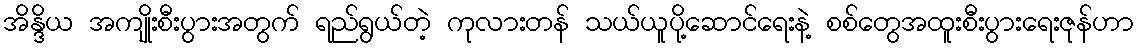
အိန္ဒိယ အကျိုးစီးပွားအတွက် ရည်ရွယ်တဲ့ ကုလားတန် သယ်ယူပို့ဆောင်ရေးနဲ့ စစ်တွေအထူးစီးပွားရေးဇုန်ဟာ